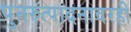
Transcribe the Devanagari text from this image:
पुनरुत्पादनावरही